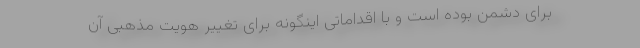
برای دشمن بوده است و با اقداماتی اینگونه برای تغییر هویت مذهبی آن